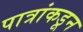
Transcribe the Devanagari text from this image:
पात्रांकडून